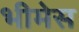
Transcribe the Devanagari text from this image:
भीमेस